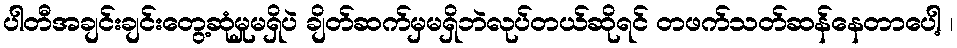
ပါတီအချင်းချင်းတွေ့ဆုံမှုမရှိပဲ ချိတ်ဆက်မှမရှိဘဲလုပ်တယ်ဆိုရင် တဖက်သတ်ဆန်နေတာပေါ့ ၊